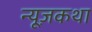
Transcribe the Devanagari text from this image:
न्यूज़कथा